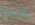
كينغ